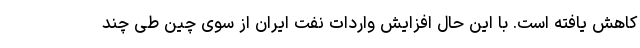
کاهش یافته است. با این حال افزایش واردات نفت ایران از سوی چین طی چند